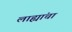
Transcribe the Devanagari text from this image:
लाह्यांचा